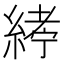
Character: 𦂂